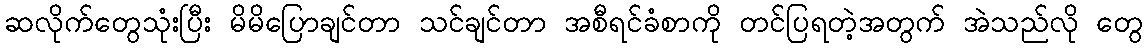
ဆလိုက်တွေသုံးပြီး မိမိပြောချင်တာ သင်ချင်တာ အစီရင်ခံစာကို တင်ပြရတဲ့အတွက် အဲသည်လို တွေ